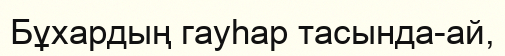
Бұхардың гауһар тасында-ай,